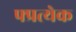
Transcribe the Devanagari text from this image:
फ्प्रत्येक